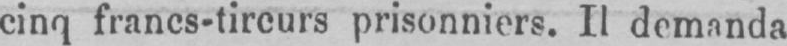
cinq francs-tireurs prisonniers. Il demanda